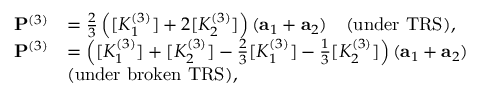
\begin{array} { r l } { { \bf P } ^ { ( 3 ) } } & { = \frac { 2 } { 3 } \left( [ K _ { 1 } ^ { ( 3 ) } ] + 2 [ K _ { 2 } ^ { ( 3 ) } ] \right) ( { \bf a } _ { 1 } + { \bf a } _ { 2 } ) \quad ( \mathrm { u n d e r ~ T R S } ) , } \\ { { \bf P } ^ { ( 3 ) } } & { = \left( [ K _ { 1 } ^ { ( 3 ) } ] + [ K _ { 2 } ^ { ( 3 ) } ] - \frac { 2 } { 3 } [ K _ { 1 } ^ { ( 3 ) } ] - \frac { 1 } { 3 } [ K _ { 2 } ^ { ( 3 ) } ] \right) ( { \bf a } _ { 1 } + { \bf a } _ { 2 } ) } \\ & { ( \mathrm { u n d e r ~ b r o k e n ~ T R S } ) , } \end{array}